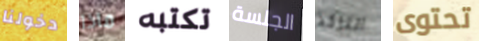
دخولنا ماذا تكتبه الجلسة التاكد تحتوى